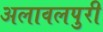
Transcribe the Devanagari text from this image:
अलावलपुरी